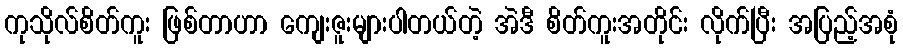
ကုသိုလ်စိတ်ကူး ဖြစ်တာဟာ ကျေးဇူးများပါတယ်တဲ့ အဲဒီ စိတ်ကူးအတိုင်း လိုက်ပြီး အပြည့်အစုံ